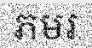
ភមរ